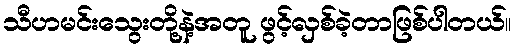
သီဟမင်းသွေးတို့နဲ့အတူ ဖွင့်လှစ်ခဲ့တာဖြစ်ပါတယ်။